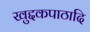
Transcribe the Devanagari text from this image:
खुद्दकपाठादि